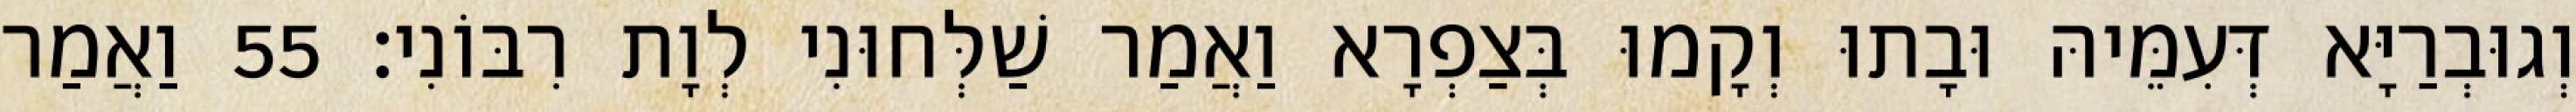
וְגוּבְרַיָּא דְּעִמֵּיהּ וּבָתוּ וְקָמוּ בְּצַפְרָא וַאֲמַר שַׁלְּחוּנִי לְוָת רִבּוֹנִי׃ 55 וַאֲמַר